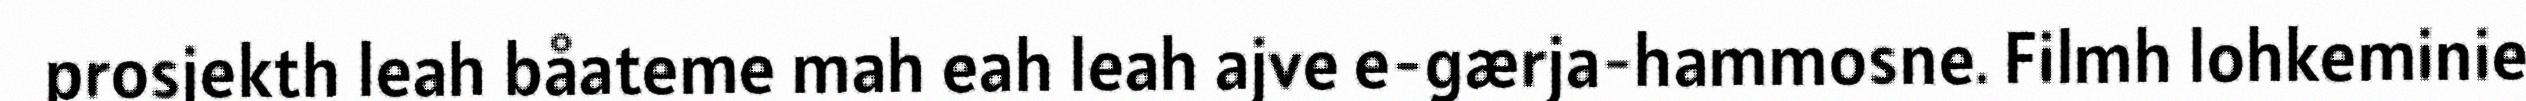
prosjekth leah båateme mah eah leah ajve e-gærja-hammosne. Filmh lohkeminie